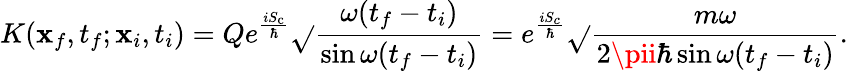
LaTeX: K(\mathbf{x}_{f},t_{f};\mathbf{x}_{i},t_{i})=Qe^{\frac{{iS_{\mathrm{{c}}}}}{{\hbar}}}{\sqrt{}{{\frac{{\omega(t_{f}-t_{i})}}{{\sin\omega(t_{f}-t_{i})}}}}}=e^{\frac{{iS_{c}}}{{\hbar}}}{\sqrt{}{{\frac{{m\omega}}{{2\pii\hbar\sin\omega(t_{f}-t_{i})}}}}}.